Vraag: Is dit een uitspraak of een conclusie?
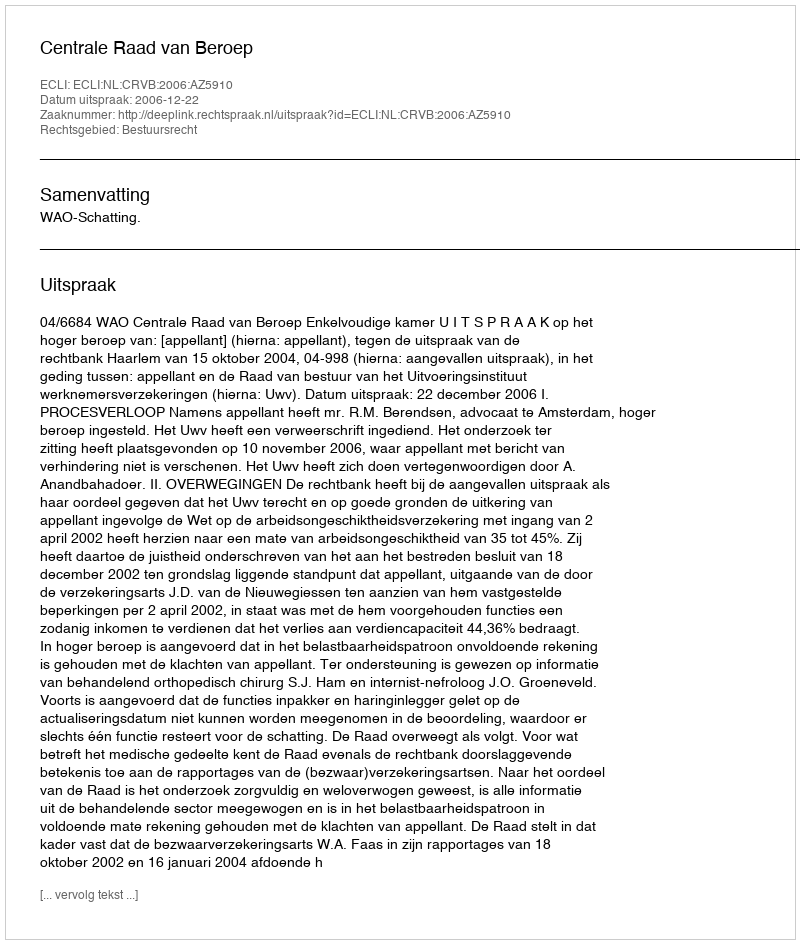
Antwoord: Uitspraak